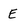
Character: E